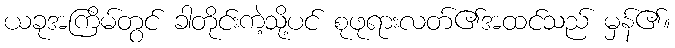
ယခုအကြိမ်တွင် ခါတိုင်းကဲ့သို့ပင် စုဖုရားလတ်၏အထင်သည် မှန်၏။